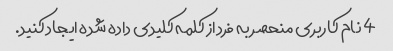
4 نام کاربری منحصر به فرد از کلمه کلیدی داده شده ایجاد کنید.